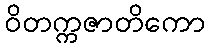
ဝိတက္ကဇာတိကော